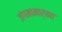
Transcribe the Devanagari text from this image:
जंगमामार्फत